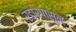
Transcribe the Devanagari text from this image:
रडारपासून